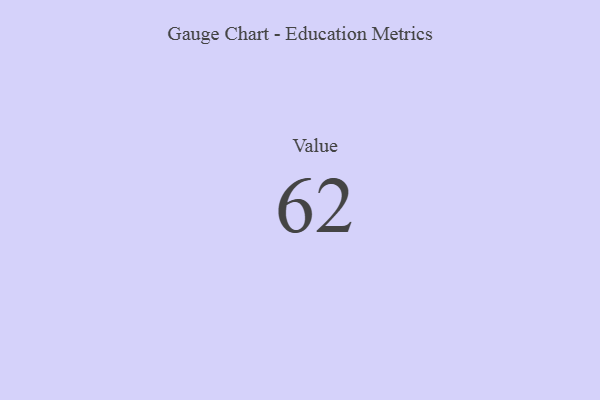
{"axis": {"x": "Metric", "y": "Value"}, "legend": [""], "data": [{"x": "Value", "y": 62, "type": ""}]}